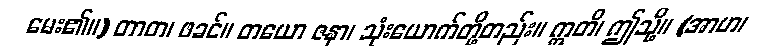
မေး၏။) တာတ၊ ဖခင်။ တယော ဇနာ၊ သုံးယောက်တို့တည်း။ ဣတိ၊ ဤသို့။ (အာဟ၊